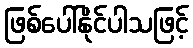
ဖြစ်ပေါ်နိုင်ပါသဖြင့်